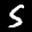
Label: 5